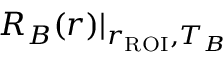
R _ { B } ( r ) \rvert _ { r _ { \mathrm { R O I } } , T _ { B } }